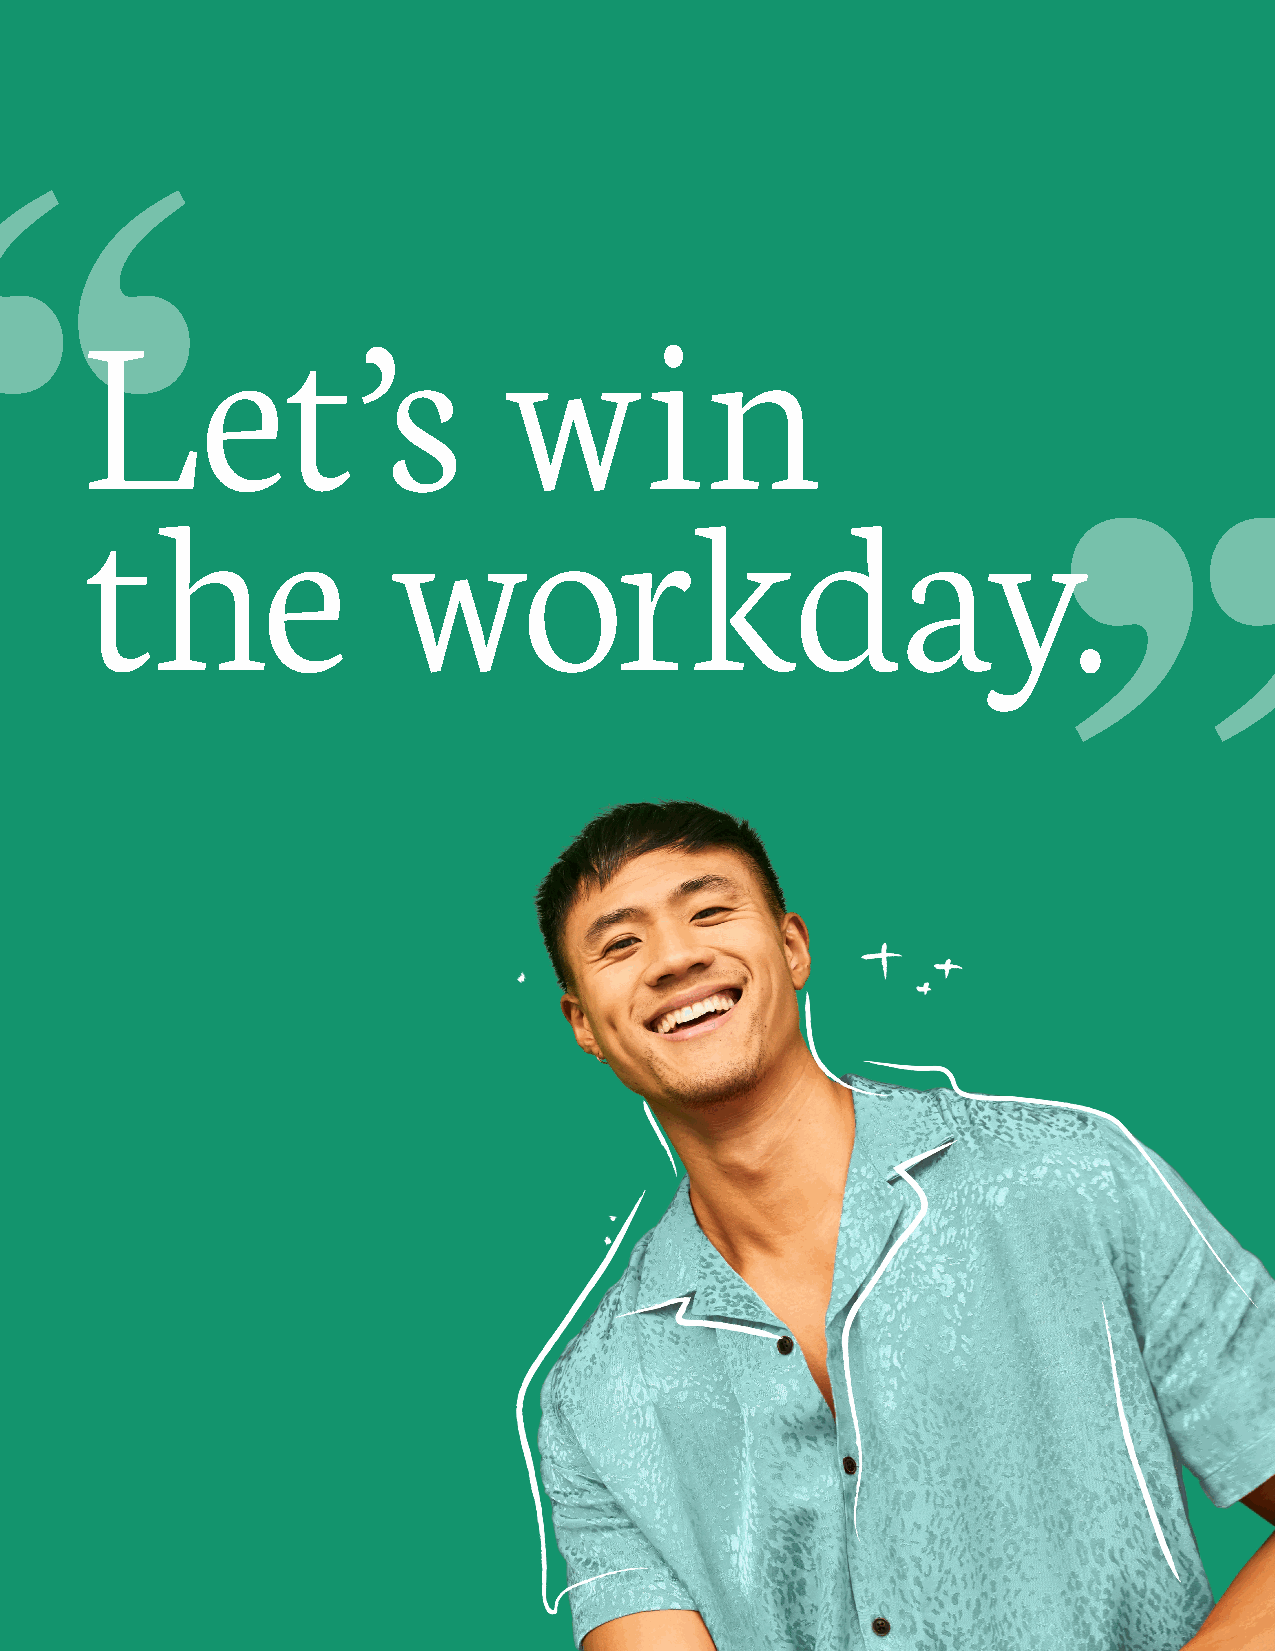
Let’s                       win
 the                  workday.